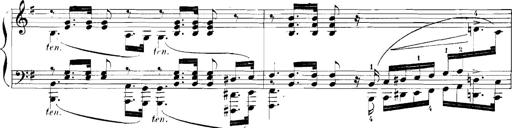
Title: Rhapsodies hongroises
Composer: Franz Liszt